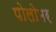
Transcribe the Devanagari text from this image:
पोलोमर